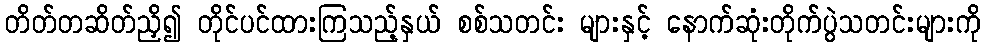
တိတ်တဆိတ်ညှိ၍ တိုင်ပင်ထားကြသည့်နှယ် စစ်သတင်း များနှင့် နောက်ဆုံးတိုက်ပွဲသတင်းများကို